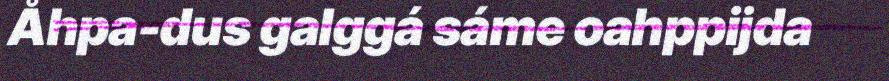
Åhpa-dus galggá sáme oahppijda